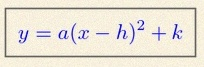
y=a(x-h)^2+k